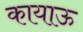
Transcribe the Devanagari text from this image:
कायाऊ